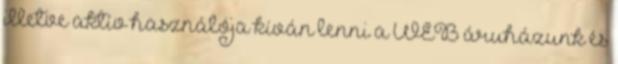
illetve aktív használója kíván lenni a WEB áruházunk és